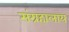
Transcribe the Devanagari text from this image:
संग्रहालाय